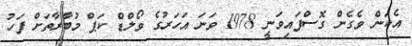
އެކަން ވެގެން ގޮސްފައިވަނީ 1978 ވަނަ އަހަރުގެ ވޯލްޑް ކަޕް މުބާރާތަށް ފަހު